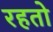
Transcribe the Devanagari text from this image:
रहतो